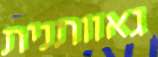
גאוותנית